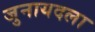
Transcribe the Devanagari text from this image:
जुनायदला